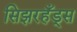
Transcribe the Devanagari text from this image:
सिझरहँड्स